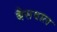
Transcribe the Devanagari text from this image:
बैसवाल